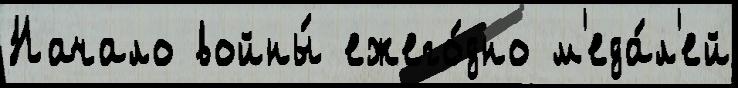
Начало войны́ ежего́дно м'еда́л'ей